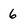
Character: 6